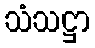
သံသဋ္ဌာ